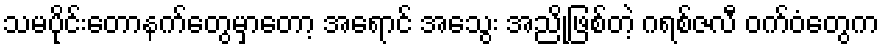
သမပိုင်းတောနက်တွေမှာတော့ အရောင် အသွေး အညိုဖြစ်တဲ့ ဂရစ်ဇလီ ဝက်ဝံတွေက